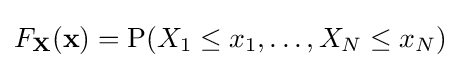
F_{\mathbf {X} }(\mathbf {x} )=\operatorname {P} (X_{1}\leq x_{1},\ldots ,X_{N}\leq x_{N})